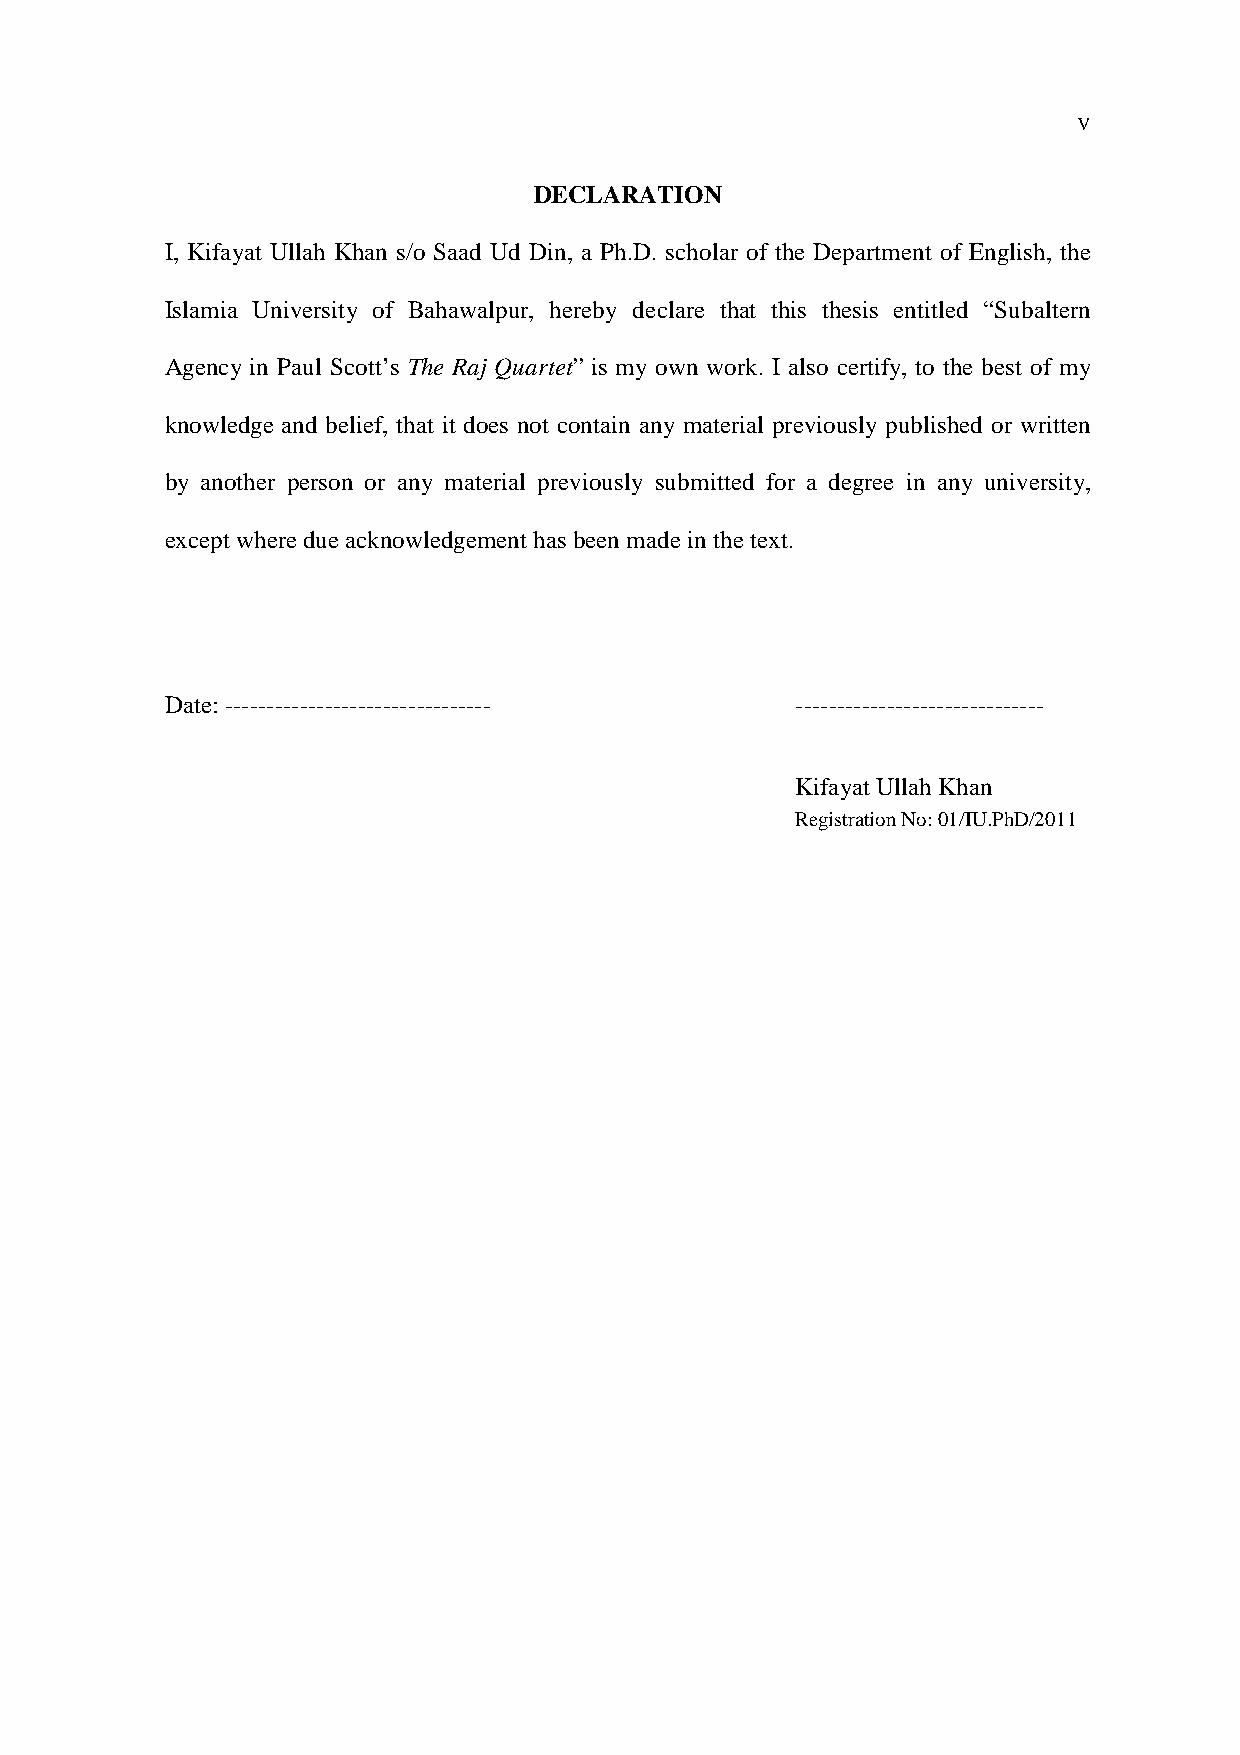
V
 DECLARATION
 I, Kifayat Ullah Khan s/o Saad Ud Din, a Ph.D. scholar of the Department of English, the
 Islamia University of Bahawalpur, hereby declare that this thesis entitled “Subaltern
 Agency in Paul Scott’s The Raj Quartet” is my own work. I also certify, to the best of my
 knowledge and belief, that it does not contain any material previously published or written
 by another person or any material previously submitted for a degree in any university,
 except where due acknowledgement has been made in the text.
 Date: --------------------------------    ------------------------------
 Kifayat Ullah Khan
 Registration No: 01/IU.PhD/2011